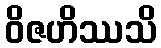
ဝိဇဟိဿသိ